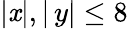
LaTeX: |\mathit{x}|,|\, y|\leq8